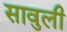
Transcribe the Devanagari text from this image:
सावुली